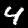
Digit: 4